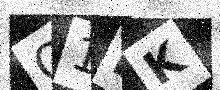
Text: O1DK